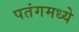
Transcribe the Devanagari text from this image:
पतंगमध्ये